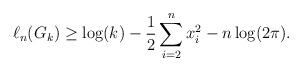
LaTeX: \begin{align*}\ell_n(G_k) \geq\log(k) - \frac{1}{2} \sum_{i=2}^n x_i^2 - n \log (2\pi).\end{align*}